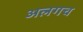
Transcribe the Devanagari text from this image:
अलगच